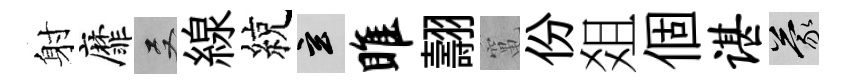
射靡双線綂玄雎翿𥧄份爼個谌蒙